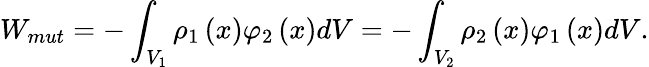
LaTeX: W_{mut}=-\int_{V_{1}}\rho_{1}\left(x\right)\varphi_{2}\left(x\right)dV=-\int_{V_{2}}\rho_{2}\left(x\right)\varphi_{1}\left(x\right)dV.